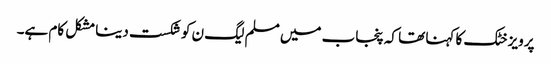
پرویز خٹک کا کہنا تھا کہ پنجاب میں مسلم لیگ ن کو شکست دینا مشکل کام ہے۔